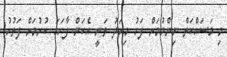
މި މަސައްކަތް ނިންމުމަށް ފަހު މިއަދު ވަނީ އެކަން ފާހަގަ ކުރުމަށް ފަތުހު